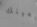
بعينك